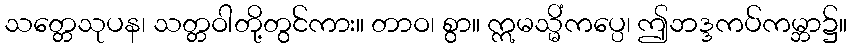
သတ္တေသုပန၊ သတ္တဝါတို့တွင်ကား။ တာဝ၊ စွာ။ ဣမသ္မိံကပ္ပေ၊ ဤဘဒ္ဒကပ်ကမ္ဘာ၌။